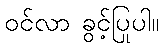
ဝင်လာ ခွင့်ပြုပါ။